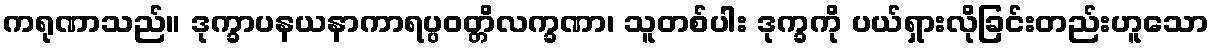
ကရုဏာသည်။ ဒုက္ခာပနယနာကာရပ္ပဝတ္တိလက္ခဏာ၊ သူတစ်ပါး ဒုက္ခကို ပယ်ရှားလိုခြင်းတည်းဟူသော